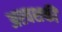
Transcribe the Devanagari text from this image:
अश्‍वशक्ती